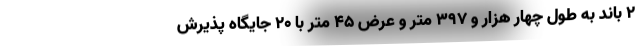
۲ باند به طول چهار هزار و ۳۹۷ متر و عرض ۴۵ متر با ۲۰ جایگاه پذیرش